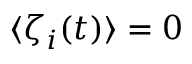
\langle \boldsymbol { \zeta } _ { i } ( t ) \rangle = 0